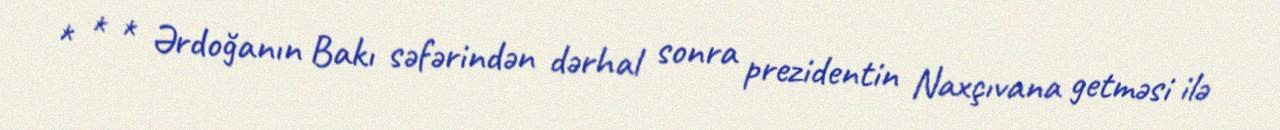
* * * Ərdoğanın Bakı səfərindən dərhal sonra prezidentin Naxçıvana getməsi ilə